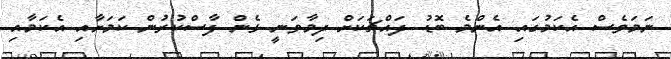
ނަމަވެސް އެކަމުގައި އެންމެ ބޮޑު ދައްޗަކަށް ދިމާވަނީ ޅެން ފާސްކުރުން ކަމަށާއި އެކަމާއި